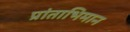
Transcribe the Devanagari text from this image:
प्रांताभिमान